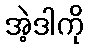
အဲ့ဒါကို